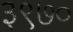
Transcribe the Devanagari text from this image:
३९७०